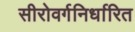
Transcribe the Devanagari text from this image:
सीरोवर्गनिर्धारित